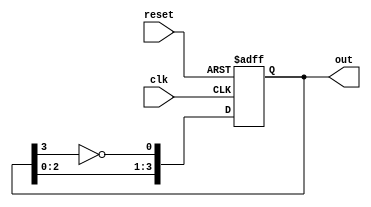
module johnson_counter (
    input wire clk,
    input wire reset,
    output reg [3:0] out
);

reg [3:0] q;

always @(posedge clk or posedge reset) begin
    if (reset) begin
        q <= 4'b0001;
    end else begin
        q <= {q[2:0], ~q[3]};
    end
end

assign out = q;

endmodule